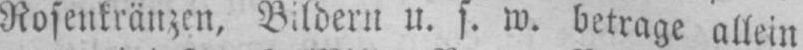
Rosenkränzen, Bildern u. s w. betrage allein